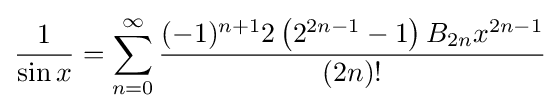
{\frac {1}{\sin x}}=\sum _{n=0}^{\infty }{\frac {(-1)^{n+1}2\left(2^{2n-1}-1\right)B_{2n}x^{2n-1}}{(2n)!}}